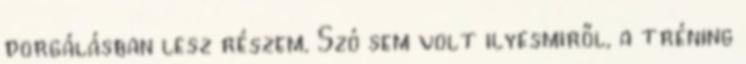
dorgálásban lesz részem. Szó sem volt ilyesmiről, a tréning